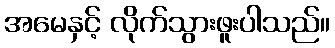
အမေနှင့် လိုက်သွားဖူးပါသည်။